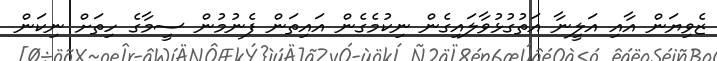
ޒެވިޔަން އާއި އަލީނާ އަތުގުޅުވާލައިގެން ނިކުމެގެން އައިތަން ފެނުމުން ސީމާގެ ހިތަށް ނިކަން